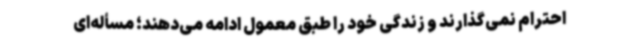
احترام نمی‌گذارند و زندگی خود را طبق معمول ادامه می‌دهند؛ مسأله‌ای